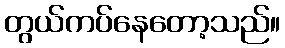
တွယ်ကပ်နေတော့သည်။